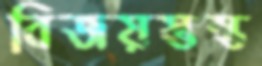
বিজয়স্তম্ভ